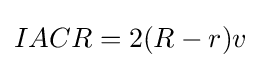
IACR=2(R-r)v